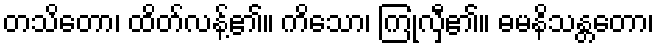
တသိတော၊ ထိတ်လန့်၏။ ကိသော၊ ကြုံလှီ၏။ ဓမနိသန္တတော၊